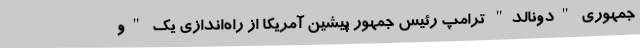
جمهوری "دونالد" ترامپ رئیس جمهور پیشین آمریکا از راه‌اندازی یک "و